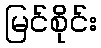
မြင်စိုင်း